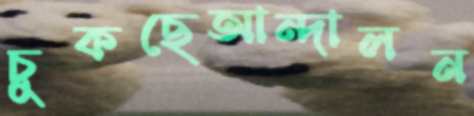
চুকছেআন্দালন